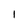
Character: 1